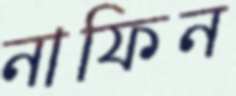
নাফিন